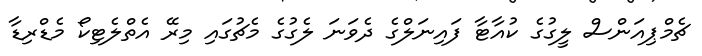
ޗެމްޕިއަންސް ލީގުގެ ކުއާޓާ ފައިނަލްގެ ދެވަނަ ލެގުގެ މެޗުގައި މިރޭ އެތްލެޓިކޯ މެޑްރިޑާ